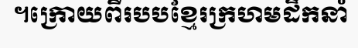
។ក្រោយពីរបបខ្មែរក្រហមដឹកនាំ